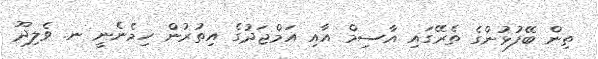
ތިން ބޭފުޅުންގެ ތެރޭގައި އާސިމް އާއި އަމްޖަދުގެ އިތުރުން ހިމެނެނީ ނ. ވެލިދޫ